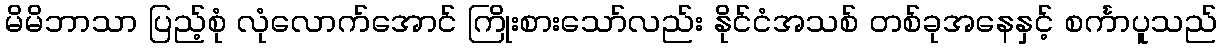
မိမိဘာသာ ပြည့်စုံ လုံလောက်အောင် ကြိုးစားသော်လည်း နိုင်ငံအသစ် တစ်ခုအနေနှင့် စင်္ကာပူသည်